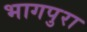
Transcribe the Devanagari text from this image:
भागपुरा